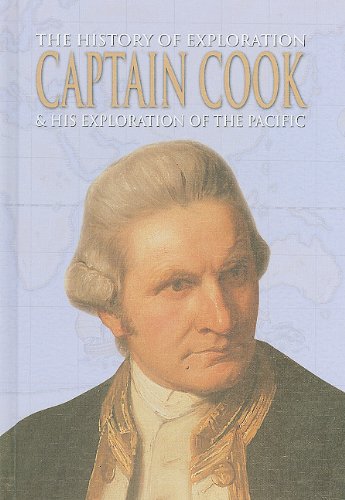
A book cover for Captain Cook & His Exploration of the Pacific (The History of Exploration); Children's Books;